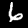
Label: 6